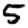
Digit: 5